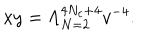
x y = \Lambda _ { N = 2 } ^ { 4 N _ { c } + 4 } v ^ { - 4 } .